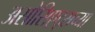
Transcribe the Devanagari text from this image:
असोसिएट्सच्या